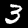
Digit: 3